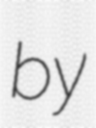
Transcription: by